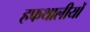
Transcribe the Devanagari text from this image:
हफथालीयों